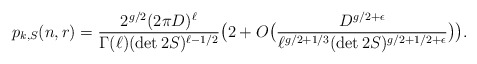
\begin{align*} p_{k,S}(n,r) = \frac{ 2^{g/2} (2\pi D)^\ell}{\Gamma(\ell)(\det 2S)^{\ell-1/2}}\big(2+ O\big( \frac{D^{g/2+\epsilon}}{\ell^{g/2+1/3}(\det 2S)^{g/2+1/2+\epsilon}} \big) \big).\end{align*}